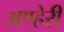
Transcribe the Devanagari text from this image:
अण्हेरी